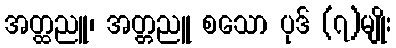
အတ္ထညူ၊ အတ္တညူ စသော ပုဒ် (၇)မျိုး